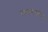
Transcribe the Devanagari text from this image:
त्याच्यावरिल